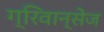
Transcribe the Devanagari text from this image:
ग्रिवान्सेज